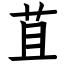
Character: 苴